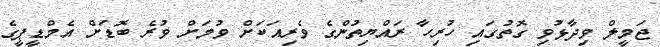
ޖަމީލް ވިދާޅުވި ގޮތުގައި ހުރިހާ ރައްޔިތުންގެ ވެރިއަކަށް ވުމަށް ވުރެ ބޮޑަށް އެމްޑީޕީގެ